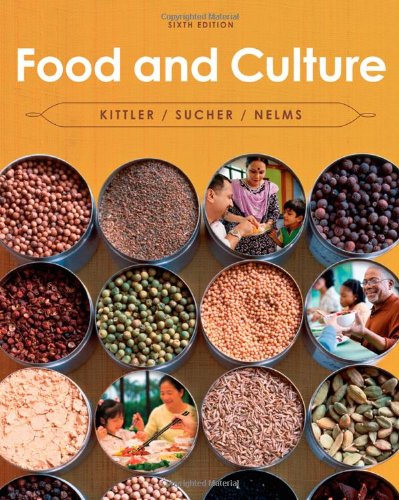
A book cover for Food and Culture; Pamela Goyan Kittler; Medical Books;